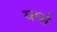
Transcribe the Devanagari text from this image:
वर्ष्स